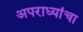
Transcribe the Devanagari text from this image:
अपराध्यांचा